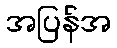
အပြန်အ